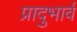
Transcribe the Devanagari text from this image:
प्रादुभार्व